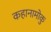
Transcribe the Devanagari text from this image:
कहानामोकु